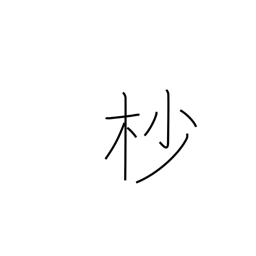
Meaning: treetop